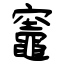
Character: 竈